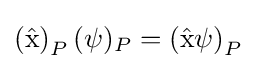
\left({\hat {\mathrm {x} }}\right)_{P}(\psi )_{P}=\left({\hat {\mathrm {x} }}\psi \right)_{P}